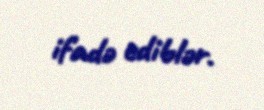
ifadə ediblər.